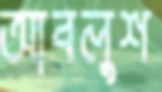
আবলুশ